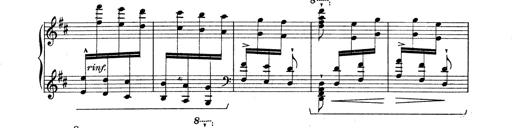
Title: Rapsodie: 19 ungheresi, 1 spagnuola
Composer: Franz Liszt